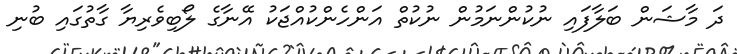
ދަ މާޝަން ބަލާފައި ނުކުންނަމުން ނުކުތް އަންހެންކުއްޖަކު އޭނާގެ ލޯބިވެރިޔާ ގާތުގައި ބުނި